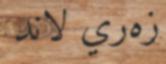
زەري لاند